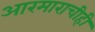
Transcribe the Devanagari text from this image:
आरमाराचीही